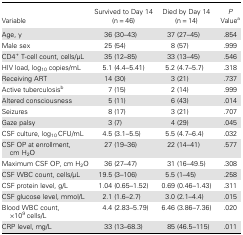
<table><thead><tr><td><b>Variable</b></td><td><b>Survived to Day 14 (n = 46)</b></td><td><b>Died by Day 14 (n = 14)</b></td><td><b><i>P</i> Value<sup>a</sup></b></td></tr></thead><tbody><tr><td>Age, y</td><td>36 (30–43)</td><td>37 (27–45)</td><td>.854</td></tr><tr><td>Male sex</td><td>25 (54)</td><td>8 (57)</td><td>.999</td></tr><tr><td>CD4<sup>+</sup> T-cell count, cells/μL</td><td>35 (12–85)</td><td>33 (13–45)</td><td>.546</td></tr><tr><td>HIV load, log<sub>10</sub> copies/mL</td><td>5.1 (4.4–5.41)</td><td>5.2 (4.7–5.7)</td><td>.318</td></tr><tr><td>Receiving ART</td><td>14 (30)</td><td>3 (21)</td><td>.737</td></tr><tr><td>Active tuberculosis<sup>b</sup></td><td>7 (15)</td><td>2 (14)</td><td>.999</td></tr><tr><td>Altered consciousness</td><td>5 (11)</td><td>6 (43)</td><td>.014</td></tr><tr><td>Seizures</td><td>8 (17)</td><td>3 (21)</td><td>.707</td></tr><tr><td>Gaze palsy</td><td>3 (7)</td><td>4 (29)</td><td>.045</td></tr><tr><td>CSF culture, log<sub>10</sub> CFU/mL</td><td>4.5 (3.1–5.5)</td><td>5.5 (4.7–6.4)</td><td>.032</td></tr><tr><td>CSF OP at enrollment, cm H<sub>2</sub>O</td><td>27 (19–36)</td><td>22 (14–41)</td><td>.577</td></tr><tr><td>Maximum CSF OP, cm H<sub>2</sub>O</td><td>36 (27–47)</td><td>31 (16–49.5)</td><td>.308</td></tr><tr><td>CSF WBC count, cells/μL</td><td>19.5 (3–106)</td><td>5.5 (1–45)</td><td>.258</td></tr><tr><td>CSF protein level, g/L</td><td>1.04 (0.65–1.52)</td><td>0.69 (0.46–1.43)</td><td>.311</td></tr><tr><td>CSF glucose level, mmol/L</td><td>2.1 (1.6–2.7)</td><td>3.0 (2.1–4.4)</td><td>.015</td></tr><tr><td>Blood WBC count, ×10<sup>9</sup> cells/L</td><td>4.4 (2.83–5.79)</td><td>6.46 (3.86–7.36)</td><td>.020</td></tr><tr><td>CRP level, mg/L</td><td>33 (13–68.3)</td><td>85 (46.5–115)</td><td>.011</td></tr></tbody></table>